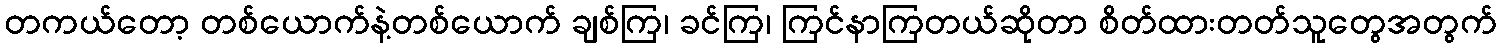
တကယ်တော့ တစ်ယောက်နဲ့တစ်ယောက် ချစ်ကြ၊ ခင်ကြ၊ ကြင်နာကြတယ်ဆိုတာ စိတ်ထားတတ်သူတွေအတွက်